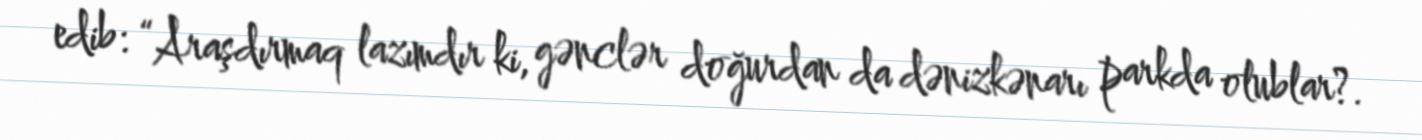
edib: “Araşdırmaq lazımdır ki, gənclər doğurdan da dənizkənarı parkda olublar?.